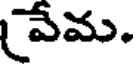
వేమ.